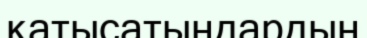
қатысатындардың